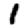
Digit: 1